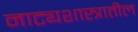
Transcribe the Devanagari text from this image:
नाट्यशास्त्रातील